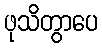
ဖုသိတွာပေ